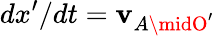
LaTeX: dx^{\prime}/dt=\mathbf{v}_{A\midO^{\prime}}